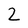
Character: 2